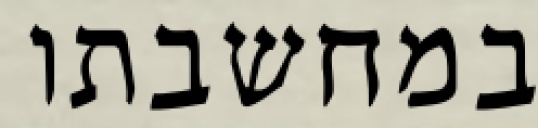
במחשבתו